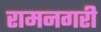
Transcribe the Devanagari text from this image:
रामनगरी